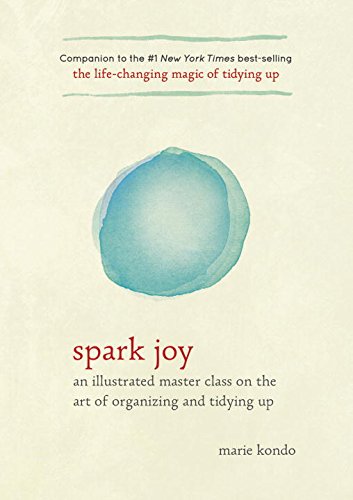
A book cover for Spark Joy: An Illustrated Master Class on the Art of Organizing and Tidying Up; Marie Kondo; Crafts, Hobbies & Home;